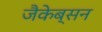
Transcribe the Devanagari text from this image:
जैकेब्सन